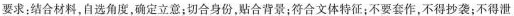
要求；结合材料，自选角度，确定立意；切合身份，贴合背景；符合文体特征；不要套作，不得抄袭；不得泄